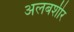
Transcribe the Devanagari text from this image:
अलबशीर